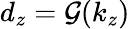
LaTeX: d_{z}=\mathcal{G}(k_{z})